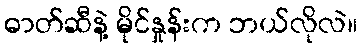
ဓာတ်ဆီနဲ့ မိုင်နှုန်းက ဘယ်လိုလဲ။